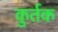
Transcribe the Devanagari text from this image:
कुर्तक